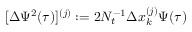
[ \Delta \Psi ^ { 2 } ( \tau ) ] ^ { ( j ) } : = 2 N _ { t } ^ { - 1 } \Delta x _ { k } ^ { ( j ) } \Psi ( \tau )